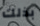
بذلك